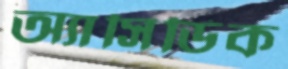
অ্যাসিডিক